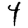
Digit: 4